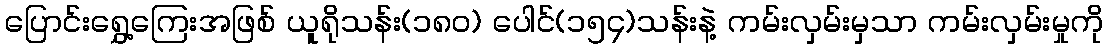
ပြောင်းရွှေ့ကြေးအဖြစ် ယူရိုသန်း(၁၈၀) ပေါင်(၁၅၄)သန်းနဲ့ ကမ်းလှမ်းမှသာ ကမ်းလှမ်းမှုကို